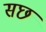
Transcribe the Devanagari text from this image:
सछ